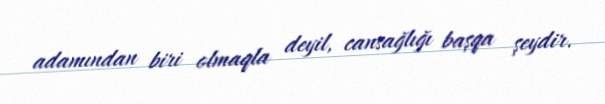
adamından biri olmaqla deyil, cansağlığı başqa şeydir.